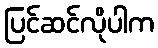
ပြင်ဆင်လိုပါက